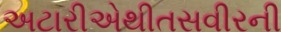
અટારીએથીતસવીરની